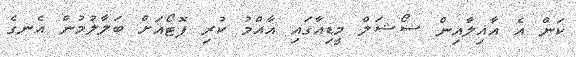
ކަން އެ އާއިލާއިން ސޯޝަލް މީޑިއާގައި އާއްމު ކުރި ފޮޓޯއަށް ބަލާލުމުން އެނގެ